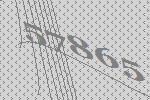
57865